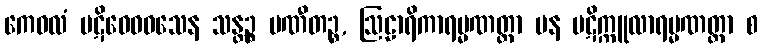
ကေဝလံ ပဋိဝေဓဝသေန သန္တဉ္စ ပဏီတဉ္စ, ဩဠာရိကာရမ္မဏတ္တာ ပန ပဋိက္ကူလာရမ္မဏတ္တာ စ